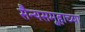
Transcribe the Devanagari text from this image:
सैन्यसमूहाच्या